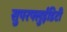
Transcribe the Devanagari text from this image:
सुपरफ्लुईडिटी